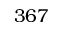
3 6 7